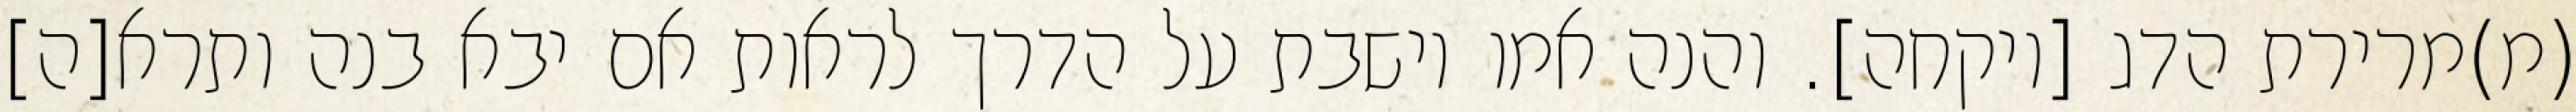
(מ)מרירת הדג [ויקחה]. והנה אמו יושבת על הדרך לראות אם יבא בנה ותרא[ה]